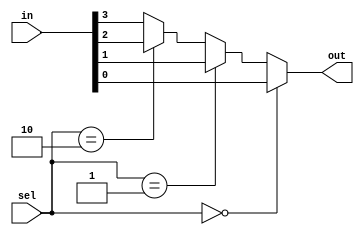
module mux4to1(input[3:0] in, input[1:0] sel, output out);
    assign out = (sel == 0) ? in[0] : (sel == 1) ? in[1] : (sel == 2) ? in[2] : in[3];
endmodule